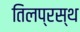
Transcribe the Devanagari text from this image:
तिलप्रस्थ